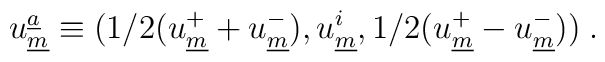
u_{\underline{m}} ^{\underline{a}} \equiv (1/2(u_{\underline{m}}^{+}+ u_{\underline{m}}^{-}), u_{\underline{m}}^i, 1/2 (u_{\underline{m}}^{+}  - u_{\underline{m}}^{-}))\; .